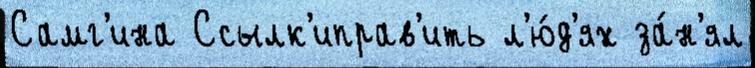
Самг'ина Ссылк'иправ'ить л'ю́д'ях за́н'ял